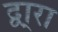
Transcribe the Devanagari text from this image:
द्वा्रा